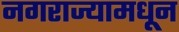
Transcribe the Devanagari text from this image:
नगराज्यामधून